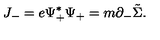
J _ { - } = e { \Psi } _ { + } ^ { \ast } { \Psi } _ { + } = m { \partial } _ { - } \tilde { \Sigma } .